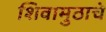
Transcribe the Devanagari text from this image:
शिवामुठाचे